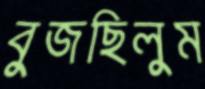
বুজছিলুম